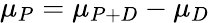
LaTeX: \mu_{P}=\mu_{P+D}-\mu_{D}